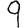
Digit: 9